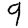
Digit: 9